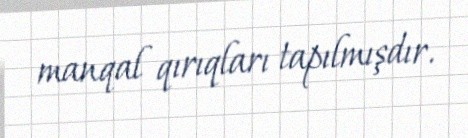
manqal qırıqları tapılmışdır.